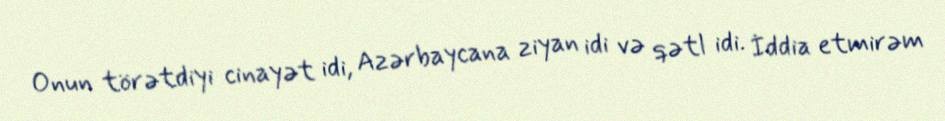
Onun törətdiyi cinayət idi, Azərbaycana ziyan idi və qətl idi. İddia etmirəm